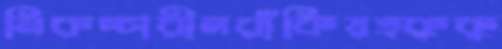
নিরুচ্চারীলরাঁকিয়ত্কুকু